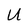
Character: U